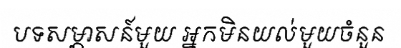
បទសម្ភាសន៍មួយ អ្នកមិនយល់មួយចំនួន